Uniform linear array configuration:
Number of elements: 32
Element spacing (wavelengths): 0.25
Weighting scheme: hann
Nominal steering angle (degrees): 30
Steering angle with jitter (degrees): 30.206
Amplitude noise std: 0.05
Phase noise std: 0.05

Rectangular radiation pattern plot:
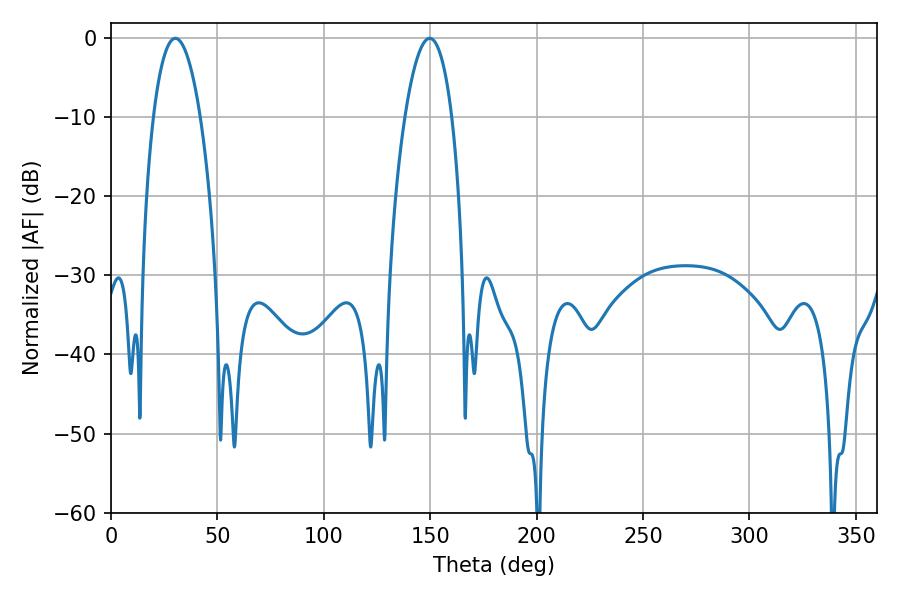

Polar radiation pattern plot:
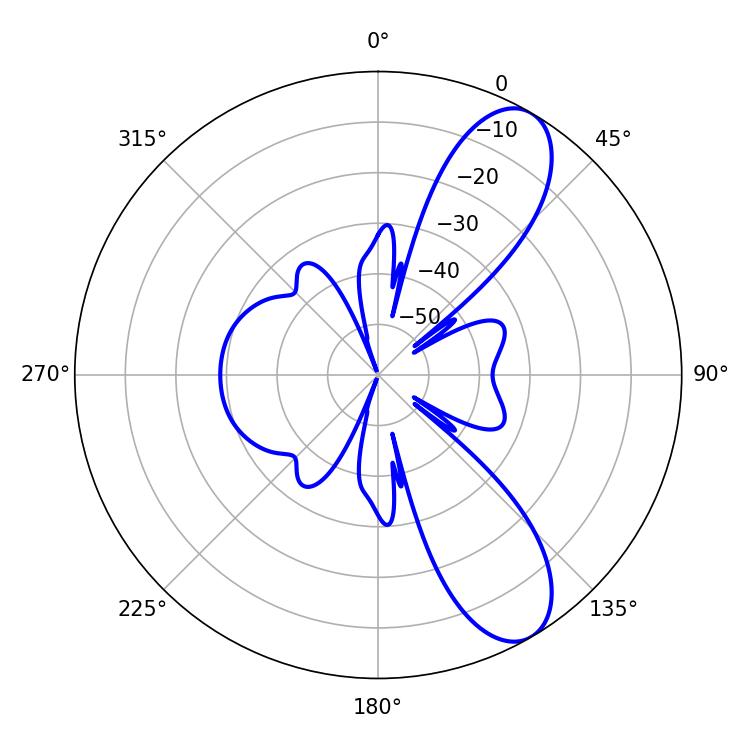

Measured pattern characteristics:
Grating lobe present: FALSE
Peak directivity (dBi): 9.379
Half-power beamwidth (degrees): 12.24
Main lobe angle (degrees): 30.24